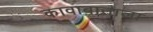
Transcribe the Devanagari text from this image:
कावाबाताला